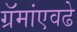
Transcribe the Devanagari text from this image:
ग्रॅमांएवढे